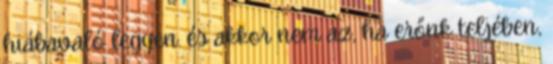
hiábavaló legyen. és akkor nem az, ha erőnk teljében,